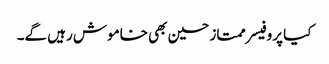
کیا پروفیسر ممتاز حسین بھی خاموش رہیں گے۔